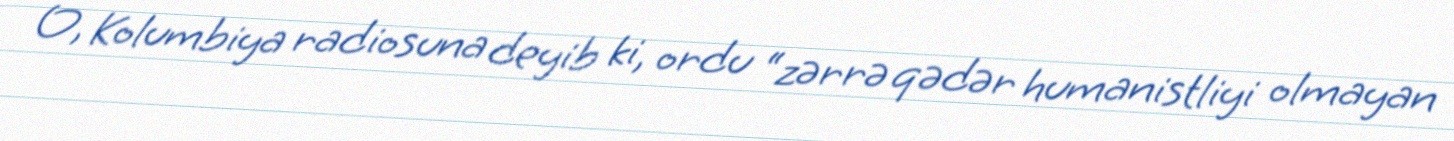
O, Kolumbiya radiosuna deyib ki, ordu “zərrə qədər humanistliyi olmayan